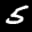
Label: 5